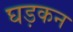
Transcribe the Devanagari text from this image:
घड़कन